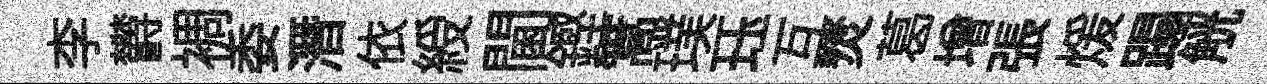
李欝裯委潛依綬閫鏗篙璞珏互燹葛增張煖蹋觥